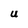
Character: U